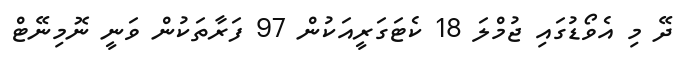
ދޭ މި އެވޯޑުގައި ޖުމްލަ 18 ކެޓަގަރީއަކުން 97 ފަރާތަކުން ވަނީ ނޮމިނޭޓް